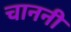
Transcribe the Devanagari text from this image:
चाननी